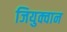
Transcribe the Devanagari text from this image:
जियुक्वान